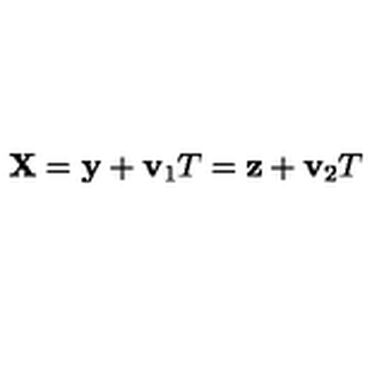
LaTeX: { \bf X } = { \bf y } + { \bf v } _ { 1 } T = { \bf z } + { \bf v } _ { 2 } T